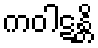
ကဝါဋန္တိ